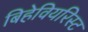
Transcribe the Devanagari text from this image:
बिहेवियरिस्ट